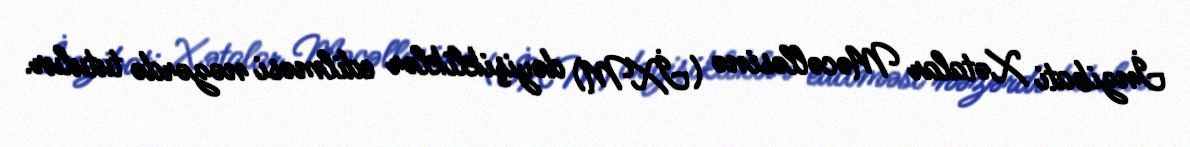
İnzibati Xətalar Məcəlləsinə (İXM) dəyişikliklər edilməsi nəzərdə tutulur.